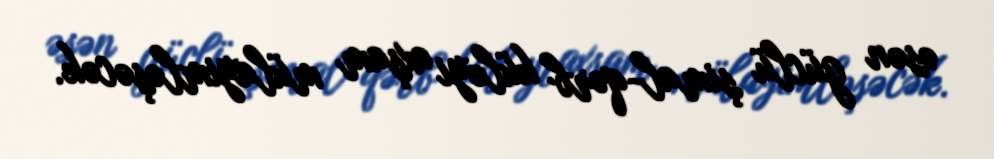
əsən güclü şimal-qərb küləyi axşam mülayimləşəcək.